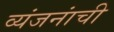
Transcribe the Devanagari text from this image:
व्यंजनांची